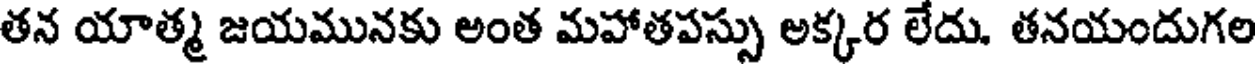
తన యాత్మ జయమునకు అంత మహాతపస్సు అక్కర లేదు. తనయందుగల